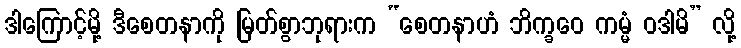
ဒါကြောင့်မို့ ဒီစေတနာကို မြတ်စွာဘုရားက “စေတနာဟံ ဘိက္ခဝေ ကမ္မံ ဝဒါမိ” လို့